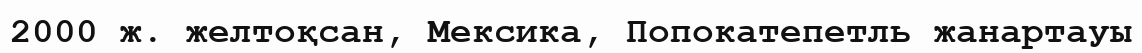
2000 ж. желтоқсан, Мексика, Попокатепетль жанартауы